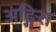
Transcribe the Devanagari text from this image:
अङ्गिरा